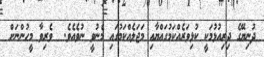
ދުނިޔޭގެ ދިރިއުޅުމަކީ ކުޅިވަރެއްކަމުގައްޔާއި މަޖަލެއްކަމުގައި މެނުވީ ނުވެއެވެ.  ވެރިވާ މީހުންނަށް